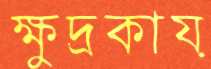
ক্ষুদ্রকায়